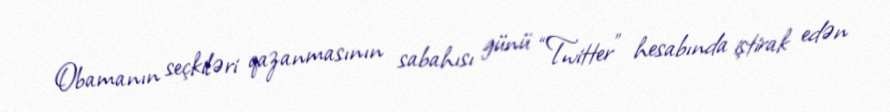
Obamanın seçkiləri qazanmasının sabahısı günü “Twitter” hesabında iştirak edən